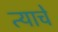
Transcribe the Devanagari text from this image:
त्याचेे